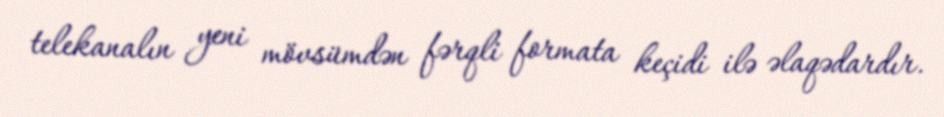
telekanalın yeni mövsümdən fərqli formata keçidi ilə əlaqədardır.